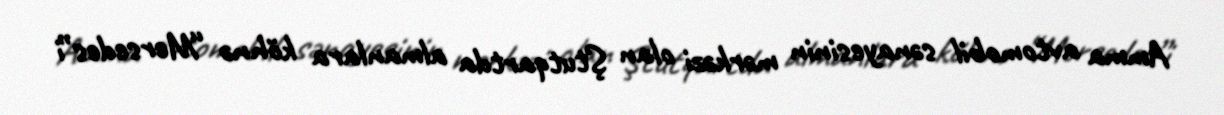
Amma avtomobil sənayesinin mərkəzi olan Ştutqartda almanlara köhnə “Mersedes”i